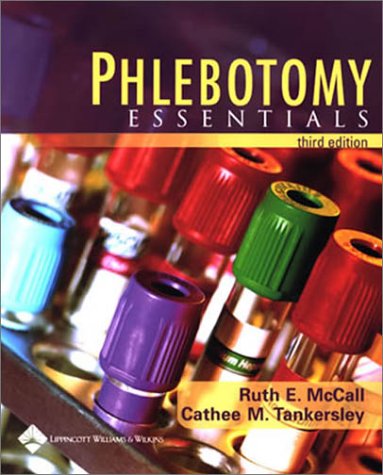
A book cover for Phlebotomy Essentials; Ruth E. McCall BS  MT(ASCP); Medical Books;